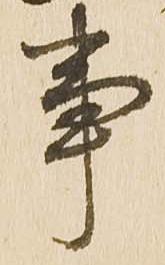
事